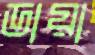
ডায়া